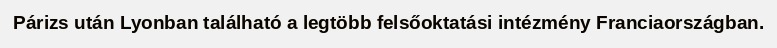
Párizs után Lyonban található a legtöbb felsőoktatási intézmény Franciaországban.